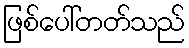
ဖြစ်ပေါ်တတ်သည်